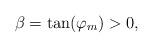
LaTeX: \begin{align*} \beta = \tan(\varphi_m) > 0, \end{align*}